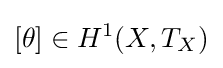
[\theta ]\in H^{1}(X,T_{X})